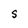
Character: S